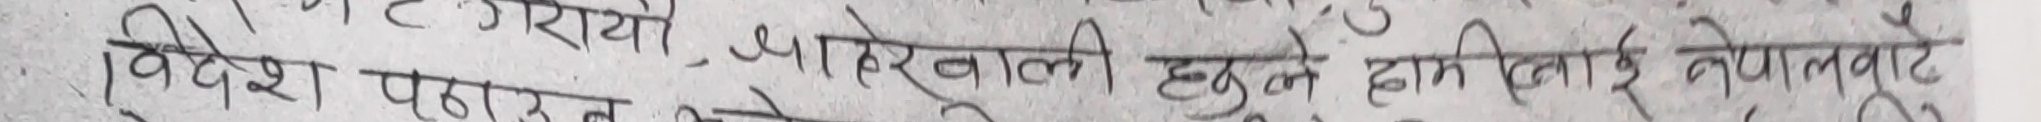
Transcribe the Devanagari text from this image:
विदेश पठाउन जाने, बाहिरवाली हुनुले हाम्राई लोग्नबाटे